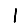
Digit: 1